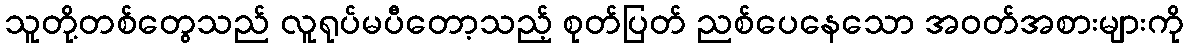
သူတို့တစ်တွေသည် လူရုပ်မပီတော့သည့် စုတ်ပြတ် ညစ်ပေနေသော အဝတ်အစားများကို